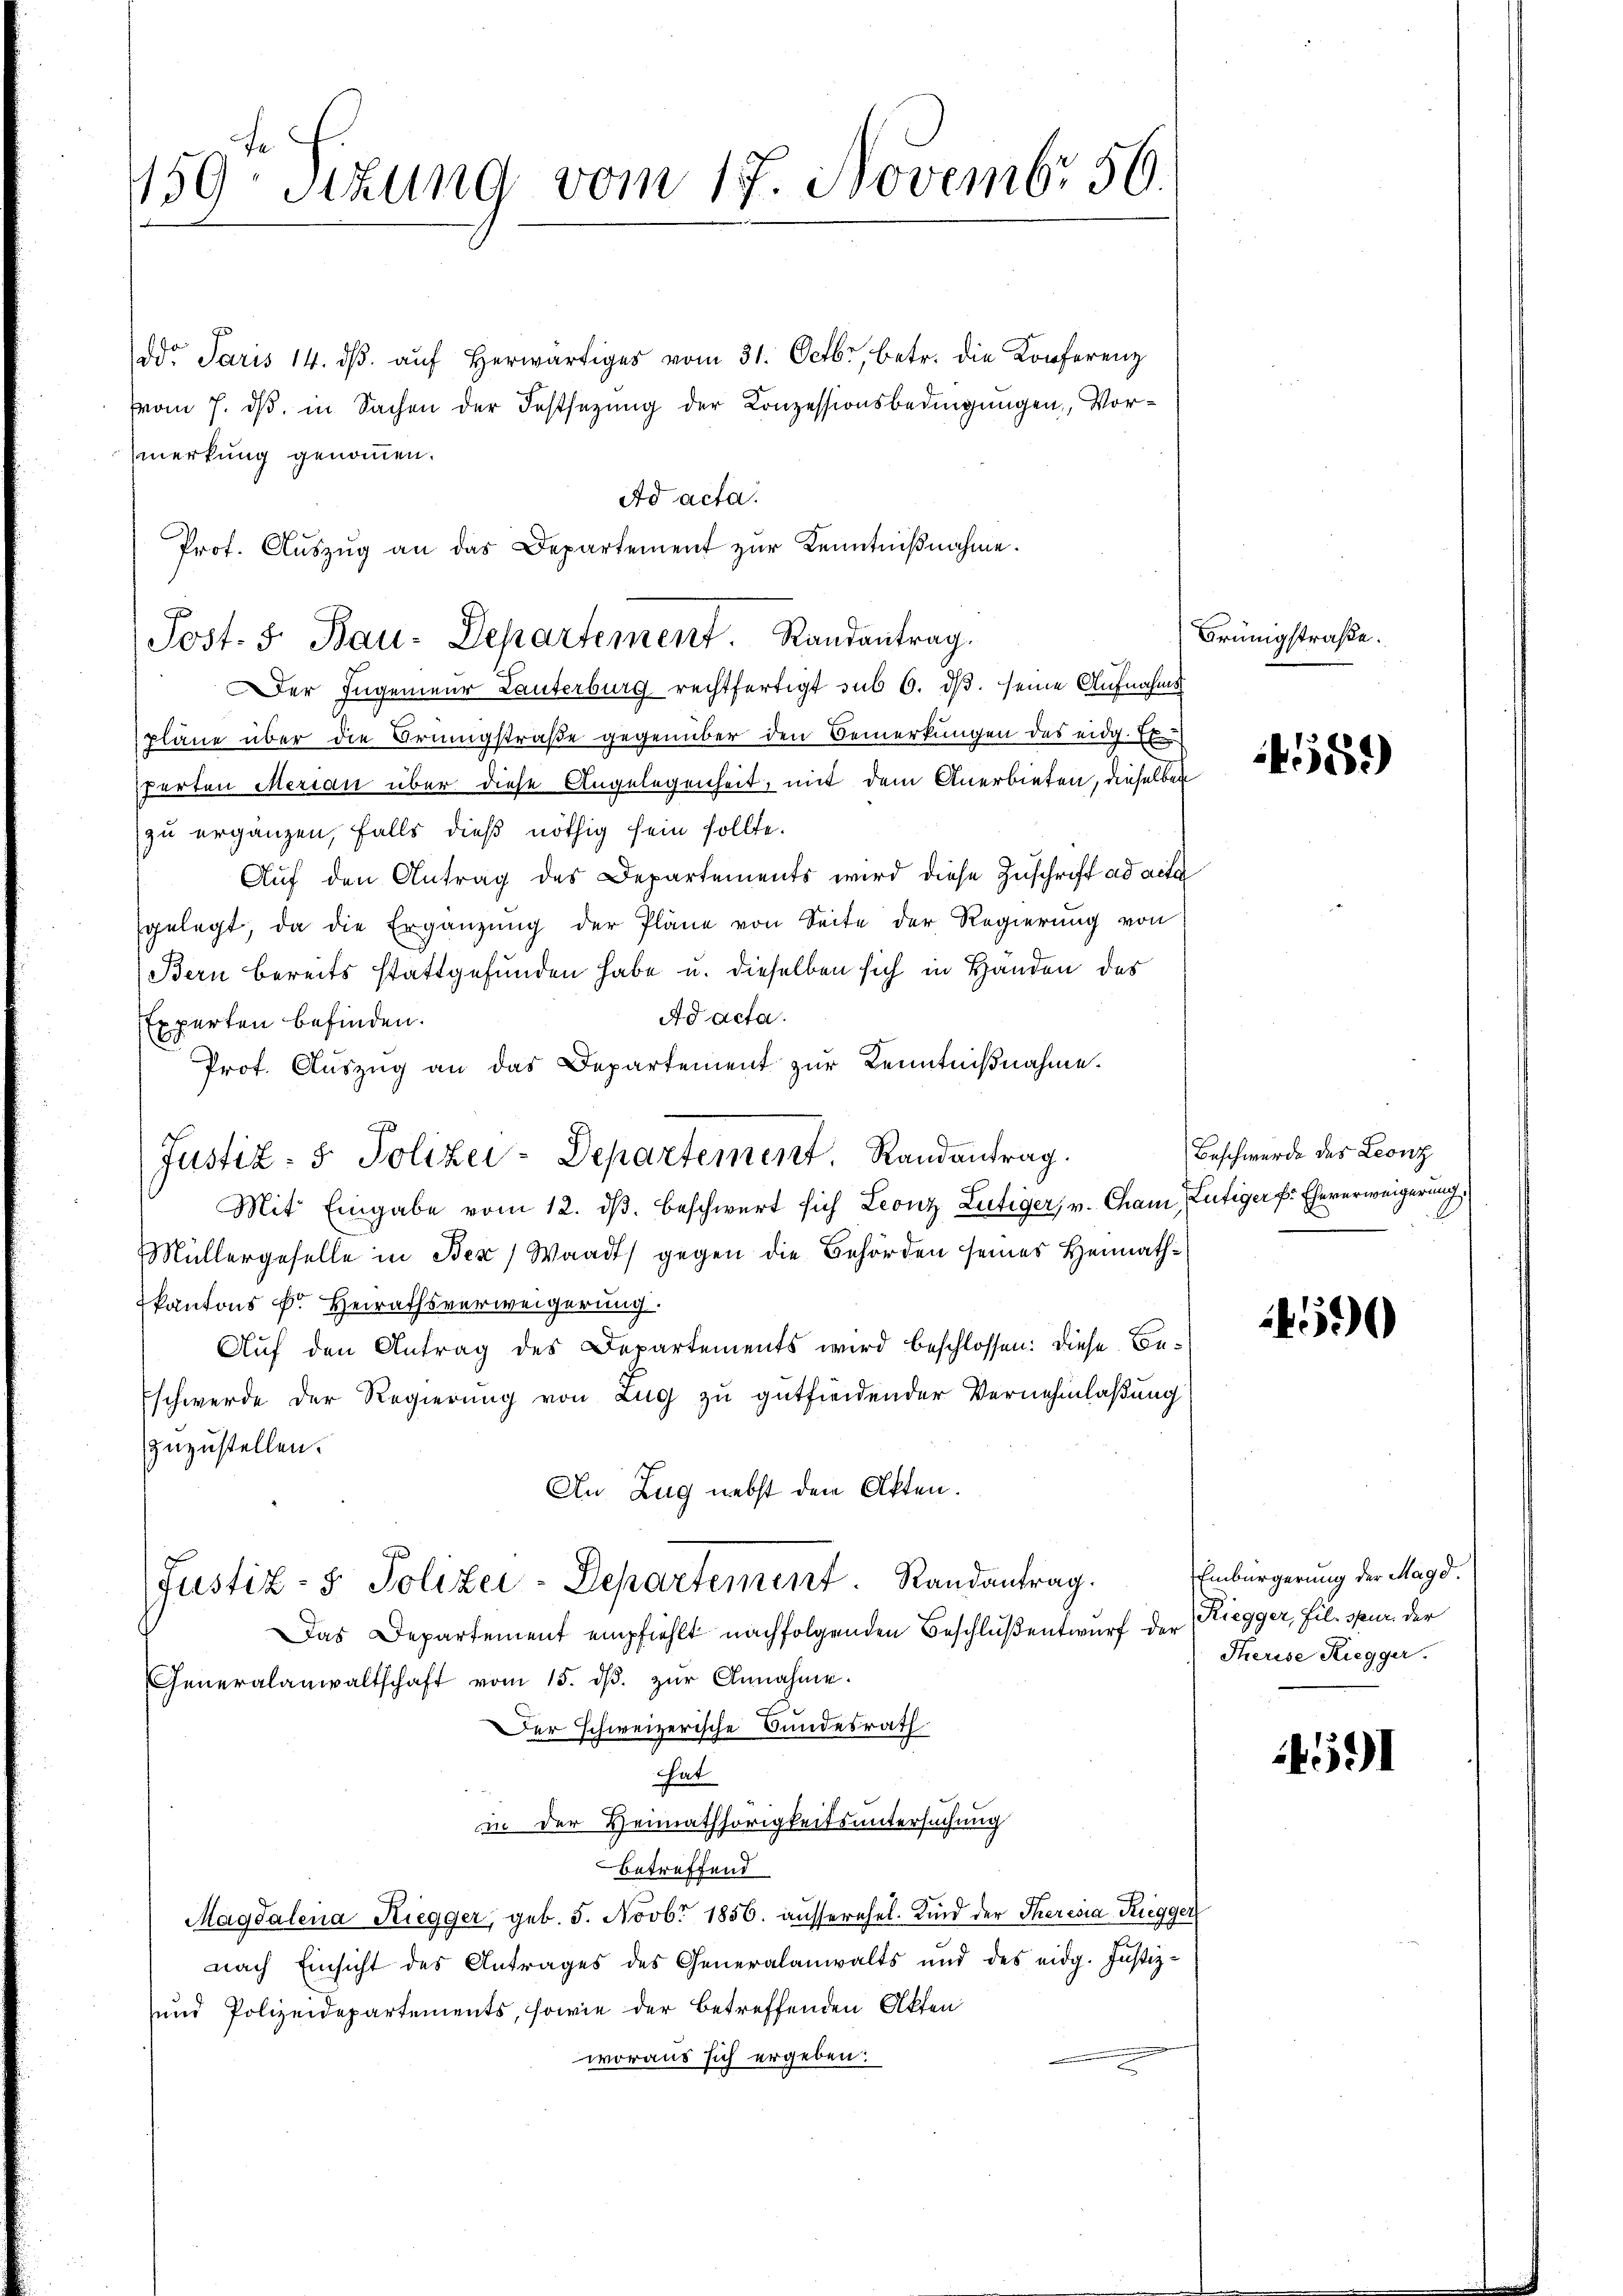
159. Sitzung vom 17. Novembr 56.

ddr Paris 14. dβ aŭf herwärtiges vom 31. Octbr. betr. die Konferenz
vom 7. dß in Sachen der Festsezung der Konzessionsbedingungen Vormerkung genommen.
Ad acta.
Prof. Auszug an das Departement zur Kenntnißnahme.
er Ingenieur Lanterburg rechtfertigt sub 6. dβ. seine Aufnahms
pläne über die Brüngstraße gegenüber den Bemerkungen des eidg. 16
perten Merian über diese Angelegenheit, mit dem Anerbieten, dieselben
zu ergänzen, falls dieß nöthig sein sollte.
Aŭf den Antrag des Departements wird diese Zuschrift ad acta
gelegt, da die Ergänzung der Pläne von Seite der Regierung von
Bern bereits stattgefunden habe u. dieselben sich in Händen des
Ad acta.
Experten befinden.
Prof. Auszug an das Departement zur Kenntnißnahme.
Mit Eingabe vom 12. dβ. beschwert sich Leonz Lütiger, v. Cham Lütiger f. Eheverweigerung
Müllergeselle in Bex) Waadt gegen die Behörden seines Heimathkantons Fr. Heirathsverweigerung.
Auf den Antrag des Departements wird beschlossen: diese Be¬
Eschwerde der Regierung von Zug zu gutfindender Vernehmlaßung
zuzustellen.
An Zug nebst den Akten.
Justiz- & Polizei-Departement. Randantrag.
Das Departement empfiehlt nachfolgenden Beschluß entwurf der
Generalanwaltschaft vom 15. dβ zŭr Annahme.
Der schweizerische Bundesrath
hat
in der Heimathörigkeitsuntersuchung
betreffend
Magdalena Riegger, geb. 5. Novbr. 1856. ausserehel. Kind der Theresia Ruegger,
nach Einsicht des Antrages des Generalanwalts und des eidg. Justiz-
sund Polizeidepartements, sowie der betreffenden Akten
woraus sich ergeben:

Post. 3 Bau-Departement Randantrag.

Justiz- & Polizei-Departement, Randantrag.

Brünigstraße.

459)

Beschwerde des Leonz

4500

Einbürgerung der Magd.
Riegger, Fil. spur der
Therise Riegger.

591